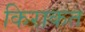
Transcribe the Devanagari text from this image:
किराकत